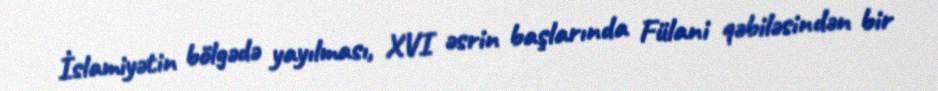
İslamiyətin bölgədə yayılması, XVI əsrin başlarında Fülani qəbiləsindən bir